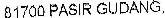
81700 PASIR GUDANG,